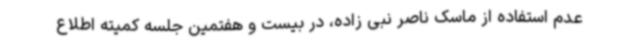
عدم استفاده از ماسک ناصر نبی زاده، در بیست و هفتمین جلسه کمیته اطلاع